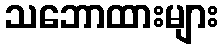
သဘောထားများ